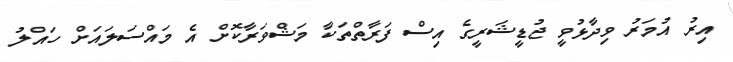
އިރު އުމަރު ވިދާޅުވީ ޖުޑީޝަރީގެ އިސް ފަރާތްތަކާ މަޝްވަރާކޮށް އެ މައްސަލައަށް ހައްލު